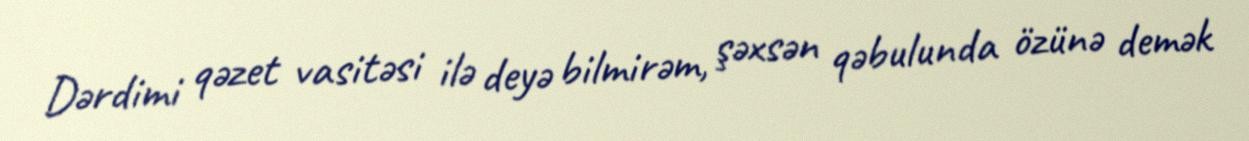
Dərdimi qəzet vasitəsi ilə deyə bilmirəm, şəxsən qəbulunda özünə demək